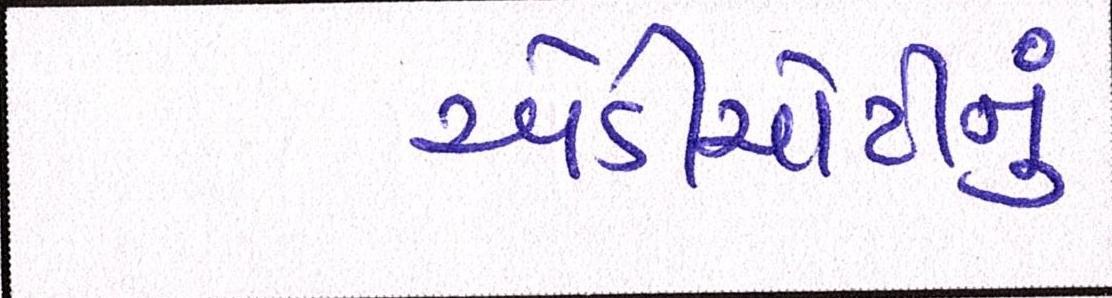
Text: એડીચોટીનું